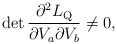
\begin{align*}\det\frac{\partial^2 L_{\rm Q}}{\partial V_a\partial V_b} \neq 0,\end{align*}